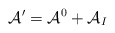
\begin{align*}{\cal A}' = {\cal A}^0 + {\cal A}_I\end{align*}